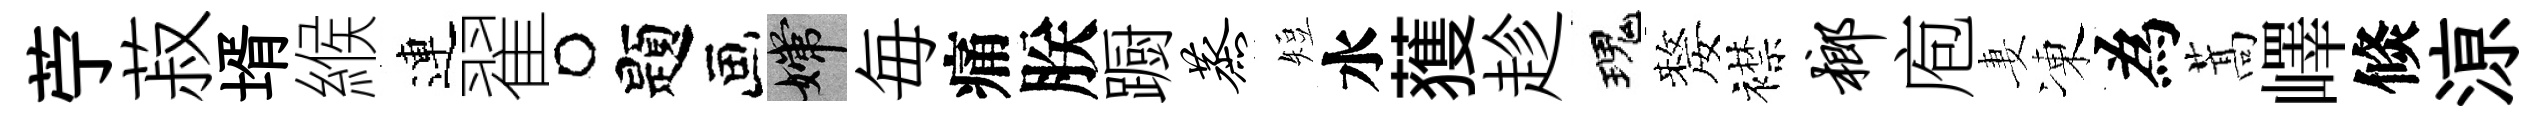
苧菽壻緱連翟题嫦毎痛朕蹰蒸短水𫉬趁瑰嫠襟榔庖妻凍為蒿嶧倐鿌